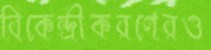
বিকেন্দ্রীকরণেরও